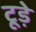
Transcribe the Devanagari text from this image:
टूड़े